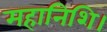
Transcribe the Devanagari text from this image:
महानिशि।